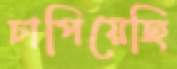
চাপিয়েছি